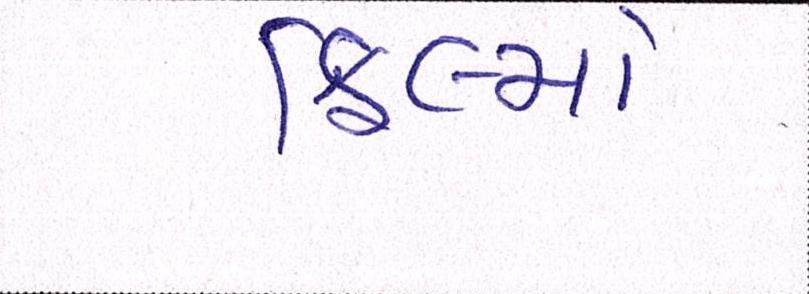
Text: ફિલ્મો